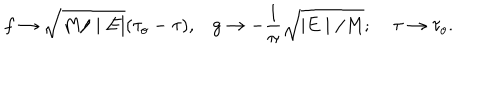
f \rightarrow \sqrt { M / \mid E \mid } ( \tau _ { o } - \tau ) , g \rightarrow - \frac { 1 } { \pi } \sqrt { \mid E \mid / M } ; \; \tau \rightarrow \tau _ { o } .